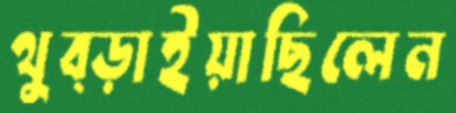
থুব্‌ড়াইয়াছিলেন